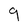
Character: 9